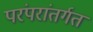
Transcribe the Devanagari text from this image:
परंपरांतर्गत